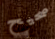
صحيح